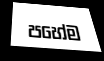
පහේම